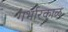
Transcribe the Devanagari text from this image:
गर्भारकाळ